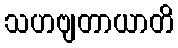
သဟဗျတာယာတိ